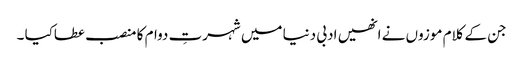
جن کے کلام موزوں نے انھیں ادبی دنیا میں شہرتِ دوام کا منصب عطاکیا ۔